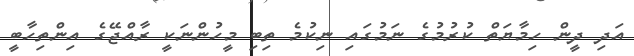
އަދި ދީން ހިމާޔަތް ކުރުމުގެ ނަމުގައި ނިކުމެ ތިބި މީހުންނަކީ ރާއްޖޭގެ އިންތިހާބީ